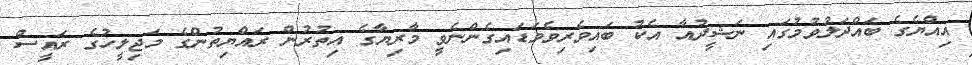
އިއްޔެގެ ބައްދަލުވުމުގައި ނަޝީދުއާ އެކު ބައިވެރިވެވަޑައިގެންނެވީ މާރިޔާގެ އިތުރުން ރައްޔިތުންގެ މަޖިލީހުގެ ރައީސް